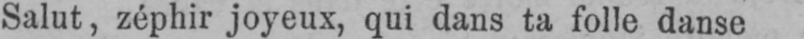
Salut, zéphir joyeux, qui dans ta folle danse